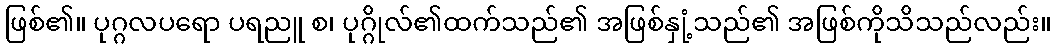
ဖြစ်၏။ ပုဂ္ဂလပရော ပရညူ စ၊ ပုဂ္ဂိုလ်၏ထက်သည်၏ အဖြစ်နှုံ့သည်၏ အဖြစ်ကိုသိသည်လည်း။